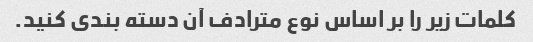
کلمات زیر را بر اساس نوع مترادف آن دسته بندی کنید.